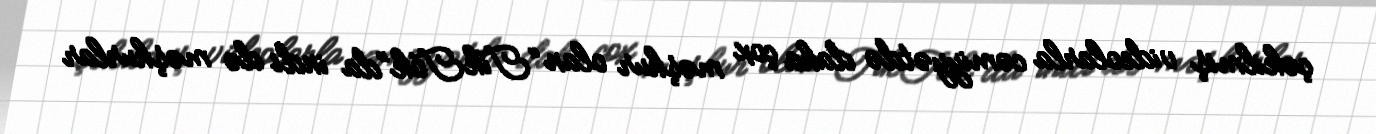
çəkilmiş videolarla cəmiyyətdə daha çox məşhur olan “TikTok”da indi də məşhurlar